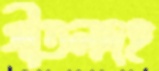
গীতলদহ